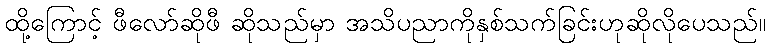
ထို့ကြောင့် ဖီလော်ဆိုဖီ ဆိုသည်မှာ အသိပညာကိုနှစ်သက်ခြင်းဟုဆိုလိုပေသည်။